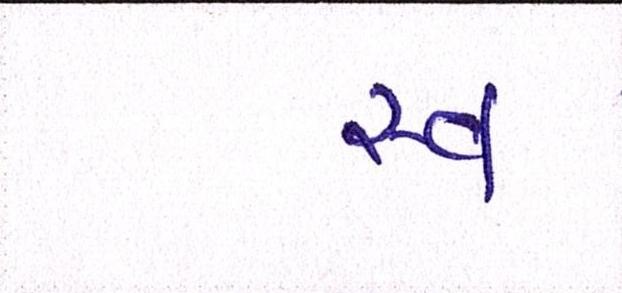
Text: સ્વ